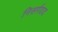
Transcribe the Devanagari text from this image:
निसर्गवाद